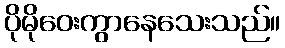
ပိုမိုဝေးကွာနေသေးသည်။